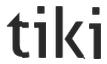
tiki